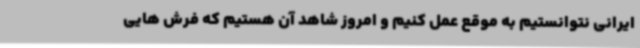
ایرانی نتوانستیم به موقع عمل کنیم و امروز شاهد آن هستیم که فرش هایی